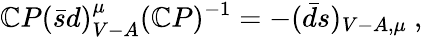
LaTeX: \mathbb{C}P(\bar{{s}}d)_{V-A}^{\mu}(\mathbb{C}P)^{-1}=-(\bar{{d}}s)_{V-A,\mu}~,